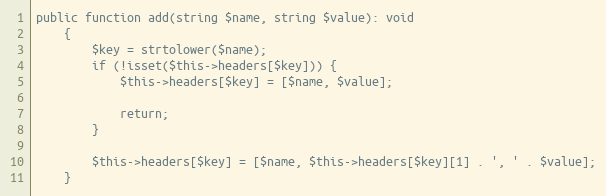
Language: PHP
public function add(string $name, string $value): void
    {
        $key = strtolower($name);
        if (!isset($this->headers[$key])) {
            $this->headers[$key] = [$name, $value];

            return;
        }

        $this->headers[$key] = [$name, $this->headers[$key][1] . ', ' . $value];
    }